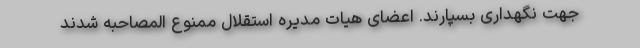
جهت نگهداری بسپارند. اعضای هیات مدیره استقلال ممنوع المصاحبه شدند